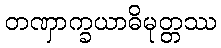
တဏှာက္ခယာဓိမုတ္တဿ